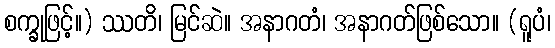
စက္ခုဖြင့်။) ဿတိ၊ မြင်ဆဲ။ အနာဂတံ၊ အနာဂတ်ဖြစ်သော။ (ရူပံ၊